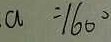
a = 1 6 0 ^ { \circ }